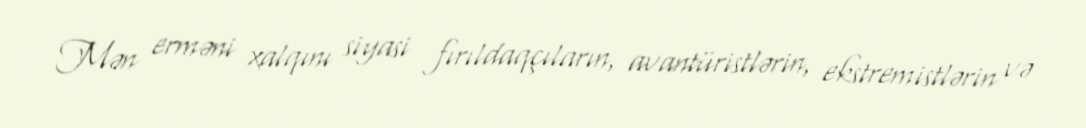
Mən erməni xalqını siyasi fırıldaqçıların, avantüristlərin, ekstremistlərin və